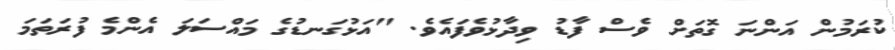
ކުރަމުން އަންނަ ގޮތަށް ވެސް ފާޑު ވިދާޅުވެފައެވެ. "އަޅުގަނޑުގެ މައްސަލަ އެންމެ ފުރަތަމަ